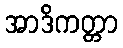
အာဒိကတ္တာ